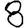
Digit: 8